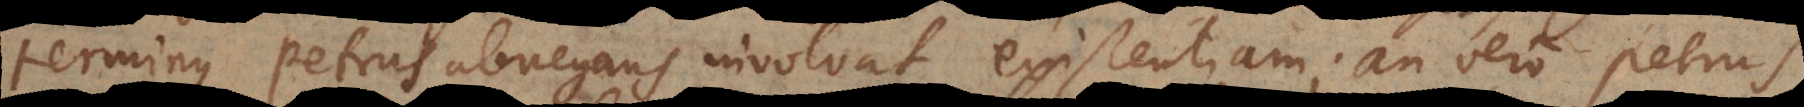
terminus Petrus abnegans involvat existentiam; an vero Petrus